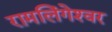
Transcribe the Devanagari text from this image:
रामलिंगेश्‍वर